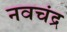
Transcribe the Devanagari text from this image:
नवचंद्र